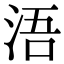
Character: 浯